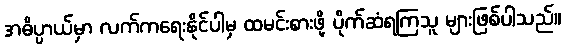
အဓိပ္ပာယ်မှာ လက်ကရေးနိုင်ပါမှ ထမင်းစားဖို့ ပိုက်ဆံရကြသူ များဖြစ်ပါသည်။